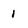
Character: 1